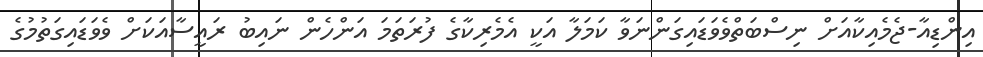
އިންޑިއާ-ޖެމެއިކާއަށް ނިސްބަތްވެވަޑައިގަންނަވާ ކަމަލާ އަކީ އެމެރިކާގެ ފުރަތަމަ އަންހެން ނައިބު ރައީސާއަކަށް ވެވަޑައިގަތުމުގެ